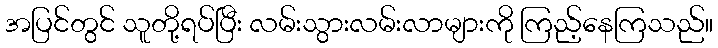
အပြင်တွင် သူတို့ရပ်ပြီး လမ်းသွားလမ်းလာများကို ကြည့်နေကြသည်။